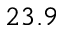
2 3 . 9